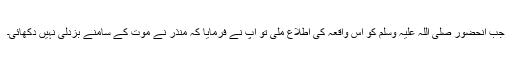
جب آنحضور صلی اللہ علیہ وسلم کو اس واقعہ کی اطلاع ملی تو آپؐ نے فرمایا کہ منذرؓ نے موت کے سامنے بزدلی نہیں دکھائی۔